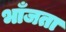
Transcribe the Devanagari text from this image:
भाँजता